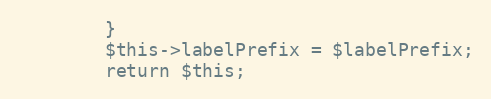
Language: PHP
        }
        $this->labelPrefix = $labelPrefix;
        return $this;